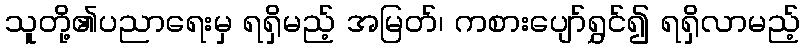
သူတို့၏ပညာရေးမှ ရရှိမည့် အမြတ်၊ ကစားပျော်ရွှင်၍ ရရှိလာမည့်